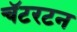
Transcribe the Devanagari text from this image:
चॅटरटन